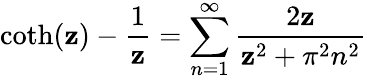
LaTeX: \coth(\mathbf{z})-{\frac{{1}}{{\mathbf{z}}}}=\sum_{n=1}^{\infty}{\frac{{2\mathbf{z}}}{{\mathbf{z}^{2}+\pi^{2}n^{2}}}}